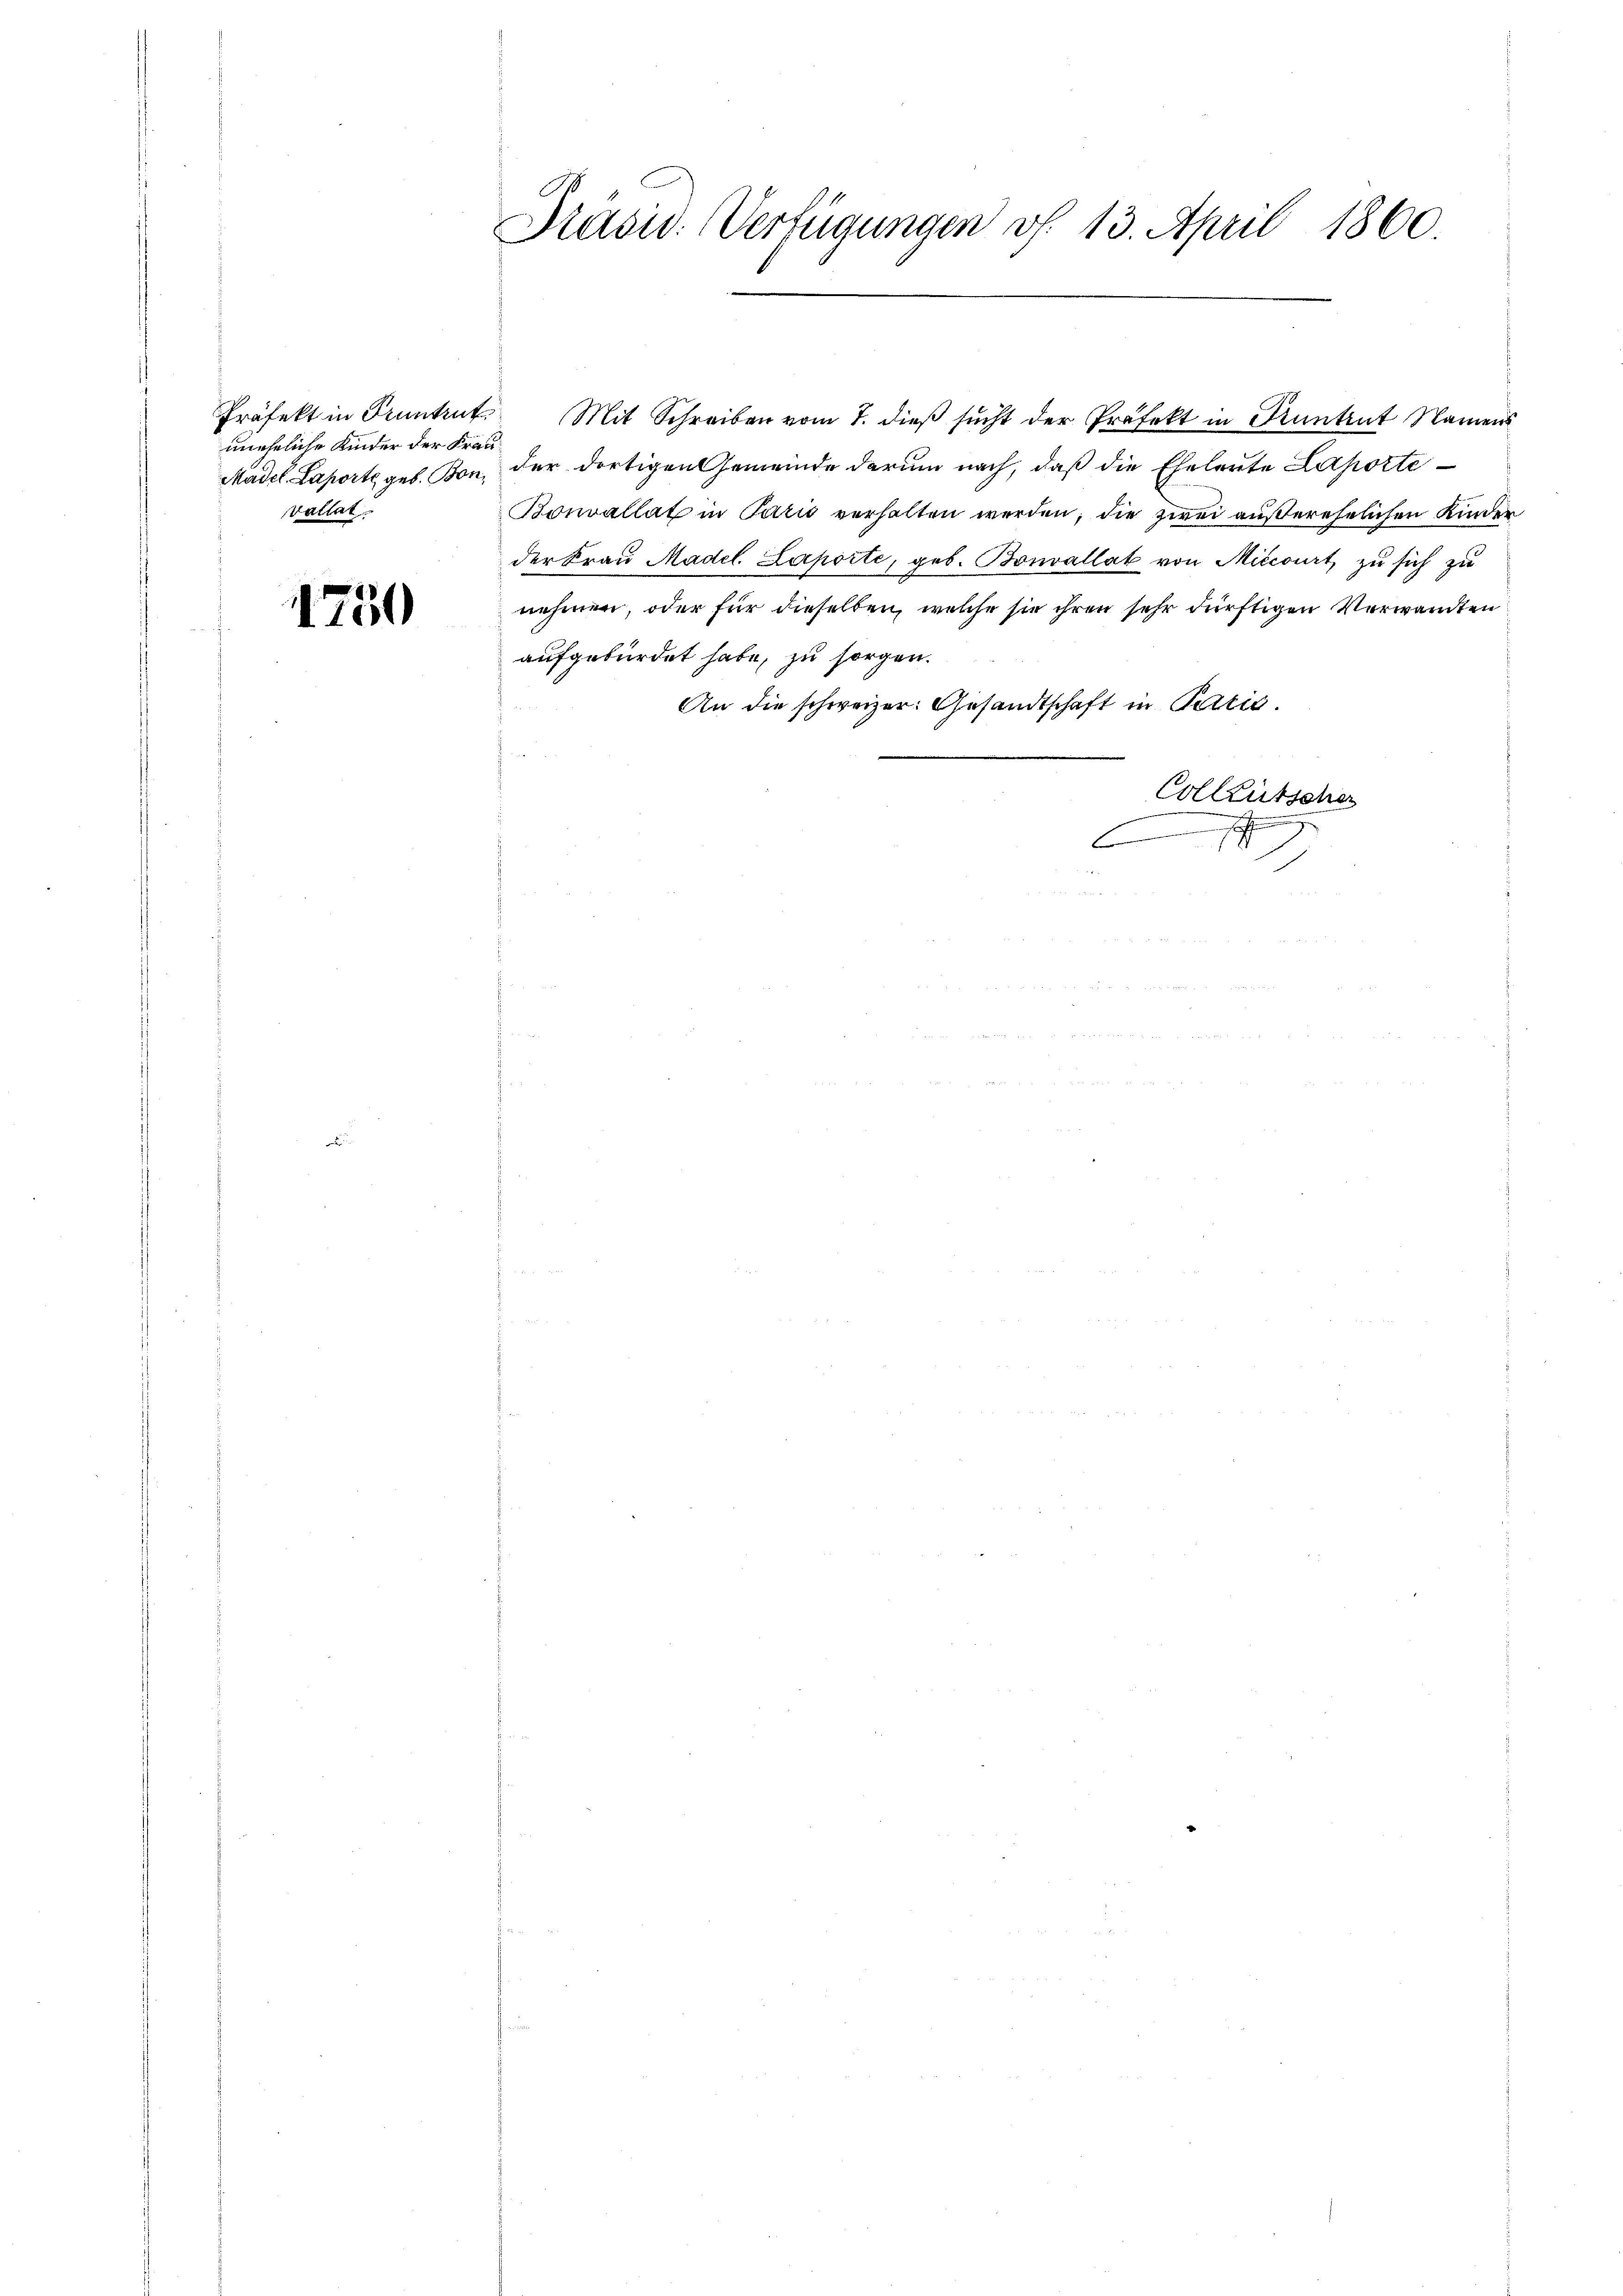
uneheliche Kinder der Frau
vallat

1750

Präsid. Verfügungen v. 13. April 1860.

Mädel Laporte geb. Bon, der dortigen Gemeinde darum nach, daß die Eheleute Laporte
Bonvallat in Paris verhalten werden; die zwei außerehelichen Kinder
der Fraŭ Madel. Laporte, geb. Bonvallat von Miccoirt, zu sich zu
nehmen, oder für dieselben, welche sie ihren sehr dürftigen Verwandten
aufgebürdet habe, zu sorgen.
An die schweizer: Gesandtschaft in Parzić.
Colleutscher
g

Präfekt in Pruntrut. Mit Schreiben vom 7. dieß sucht der Präfekt in Pruntrut Namens